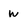
Character: W